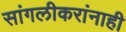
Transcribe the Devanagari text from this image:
सांगलीकरांनाही